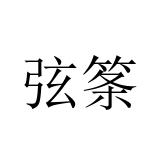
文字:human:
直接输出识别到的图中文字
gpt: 弦筿